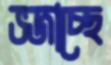
ভজাচ্ছে